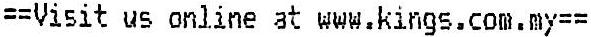
==VISIT US ONLINE AT WWW.KINGS.COM.MY==